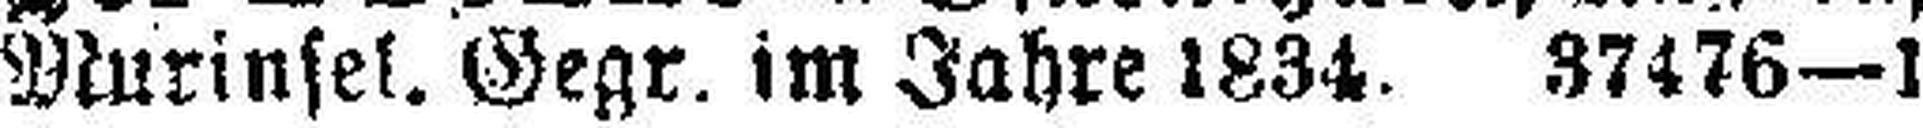
Murinsel. Gegr. im Jahre 1834. 37476—1